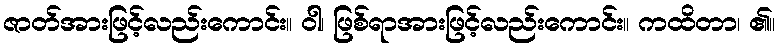
ဇာတ်အားဖြင့်လည်းကောင်း။ ဝါ၊ ဖြစ်ရာအားဖြင့်လည်းကောင်း။ ကထိတာ၊ ၏။